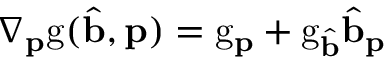
\nabla _ { \mathbf { p } } \mathrm { g } ( \hat { \mathbf { b } } , \mathbf { p } ) = \mathrm { g } _ { \mathbf { p } } + \mathrm { g } _ { \hat { \mathbf { b } } } \hat { \mathbf { b } } _ { \mathbf { p } }